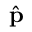
{ \hat { \mathbf p } }